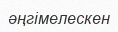
әңгімелескен